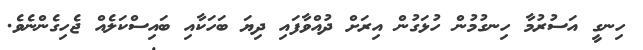
ހިނގީ އަސުރުމާ ހިނގުމުން ހުޅަގުން އިރަށް ދުއްވާފައި ދިޔަ ބަހަކާއި ބައިސްކަލެއް ޖެހިގެންނެވެ.